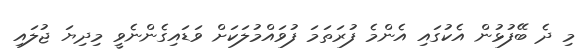
މި ދެ ބޭފުޅުން އެކުގައި އެންމެ ފުރަތަމަ ފުވައްމުލަކަށް ވަޑައިގެންނެވީ މިދިޔަ ޖުލައި